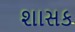
શાસક